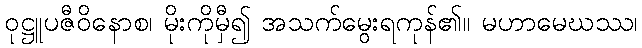
ဝုဋ္ဌူပဇီဝိနောစ၊ မိုးကိုမှီ၍ အသက်မွေးရကုန်၏။ မဟာမေဃဿ၊